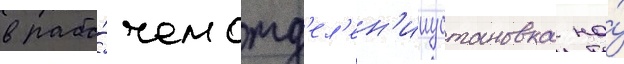
в рабо́чем отд'ел'ен'ииустановка на́